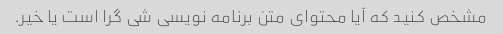
مشخص کنید که آیا محتوای متن برنامه نویسی شی گرا است یا خیر.